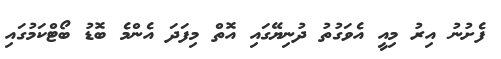
ފެށުނު އިރު މިއީ އެވަގުތު ދުނިޔޭގައި އޮތް މިފަދަ އެންމެ ބޮޑު ބޯޓްކަމުގައި